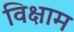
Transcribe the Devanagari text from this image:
विक्षाम